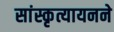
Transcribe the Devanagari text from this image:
सांस्कृत्यायनने